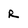
Character: R